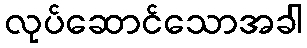
လုပ်ဆောင်သောအခါ